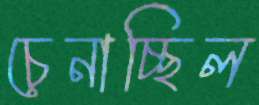
চেনাচ্ছিল